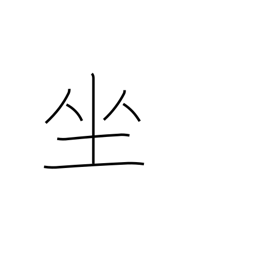
Meaning: sit